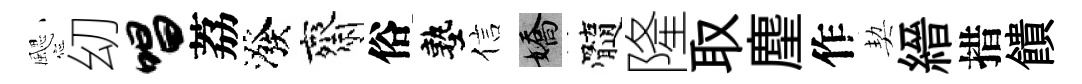
颸㓜唱荔潑齋俗塾信嬌髓隆取麈作契縉措饋